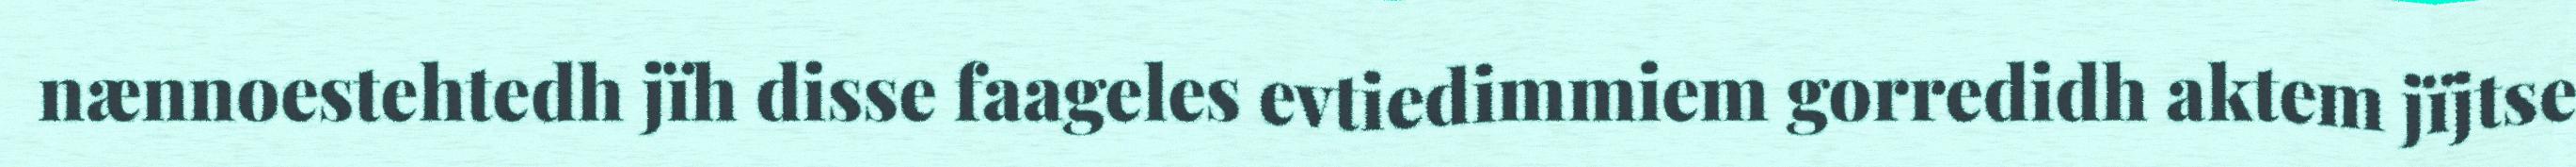
nænnoestehtedh jïh disse faageles evtiedimmiem gorredidh aktem jïjtse